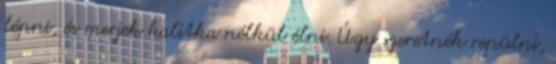
lépni, és merjek kalitka nélkül élni. Úgy szeretnék repülni,